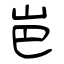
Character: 岜